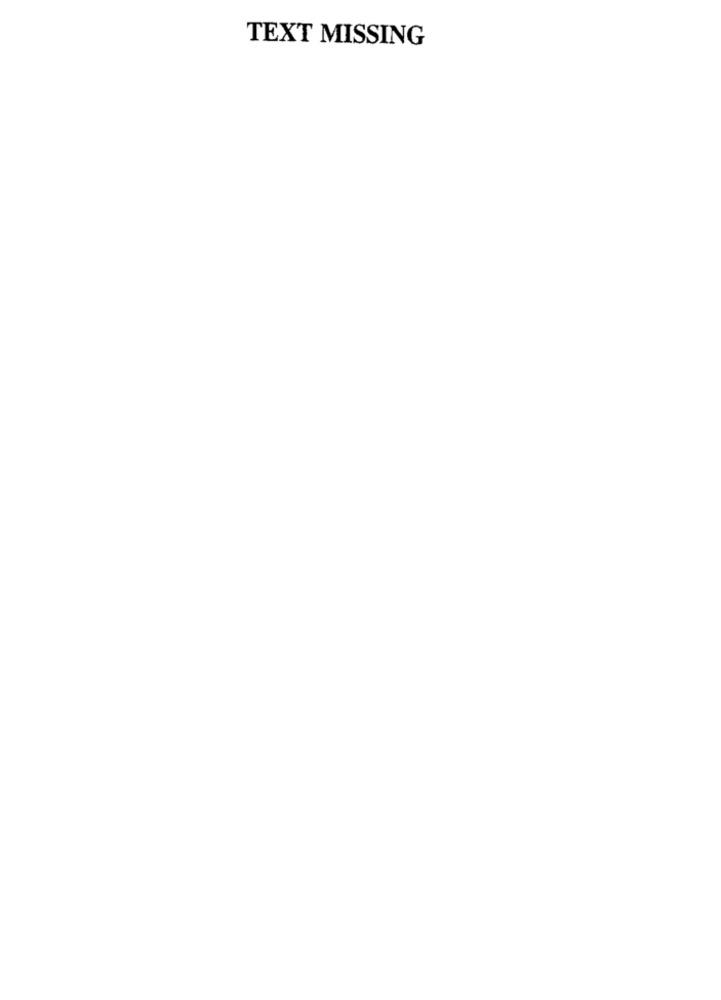
TEXT MISSING